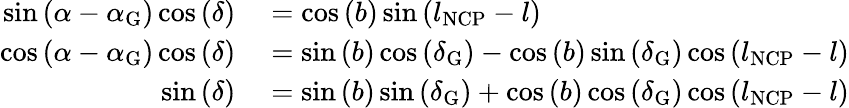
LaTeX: \begin{array}{rl}{\sin\left(\alpha-\alpha_{\mathrm{G}}\right)\cos\left(\delta\right)}&{{}=\cos\left(b\right)\sin\left(l_{\mathrm{NCP}}-l\right)}\\ {\cos\left(\alpha-\alpha_{\mathrm{G}}\right)\cos\left(\delta\right)}&{{}=\sin\left(b\right)\cos\left(\delta_{\mathrm{G}}\right)-\cos\left(b\right)\sin\left(\delta_{\mathrm{G}}\right)\cos\left(l_{\mathrm{NCP}}-l\right)}\\ {\sin\left(\delta\right)}&{{}=\sin\left(b\right)\sin\left(\delta_{\mathrm{G}}\right)+\cos\left(b\right)\cos\left(\delta_{\mathrm{G}}\right)\cos\left(l_{\mathrm{NCP}}-l\right)}\end{array}